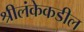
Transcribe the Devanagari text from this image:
श्रीलंकेकडील